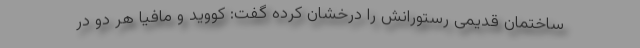
ساختمان قدیمی رستورانش را درخشان کرده گفت: کووید و مافیا هر دو در